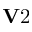
{ \bf V } 2